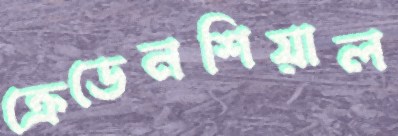
ক্রেডেনশিয়াল